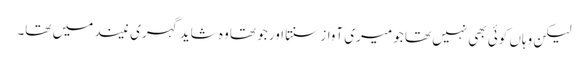
لیکن وہاں کوئی بھی نہیں تھا جو میری آواز سنتا اور جو تھا وہ شاید گہری نیند میں تھا۔